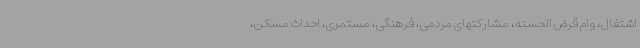
اشتغال، وام قرض الحسنه، مشارکتهای مردمی، فرهنگی، مستمری، احداث مسکن،